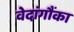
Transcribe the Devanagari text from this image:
वेदांगौंका